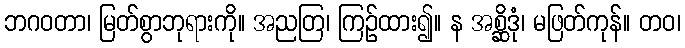
ဘဂဝတာ၊ မြတ်စွာဘုရားကို။ အညတြ၊ ကြဉ်ထား၍။ န အစ္ဆိဒုံ၊ မဖြတ်ကုန်။ တဝ၊